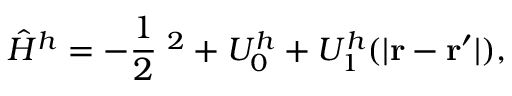
\hat { H } ^ { h } = - \frac { 1 } { 2 } { \bf \nabla } ^ { 2 } + U _ { 0 } ^ { h } + U _ { 1 } ^ { h } ( | { \bf r } - { \bf r ^ { \prime } } | ) ,